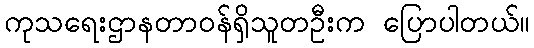
ကုသရေးဌာနတာဝန်ရှိသူတဦးက ပြောပါတယ်။